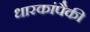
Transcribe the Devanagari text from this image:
धारकांपैकी